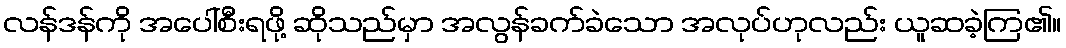
လန်ဒန်ကို အပေါ်စီးရဖို့ ဆိုသည်မှာ အလွန်ခက်ခဲသော အလုပ်ဟုလည်း ယူဆခဲ့ကြ၏။